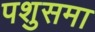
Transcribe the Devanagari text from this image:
पशुसमा